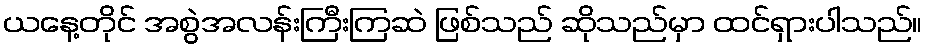
ယနေ့တိုင် အစွဲအလန်းကြီးကြဆဲ ဖြစ်သည် ဆိုသည်မှာ ထင်ရှားပါသည်။